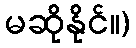
မဆိုနိုင်။)